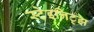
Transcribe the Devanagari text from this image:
स्टेइनिट्झ